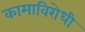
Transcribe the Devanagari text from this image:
कामाविरोधी